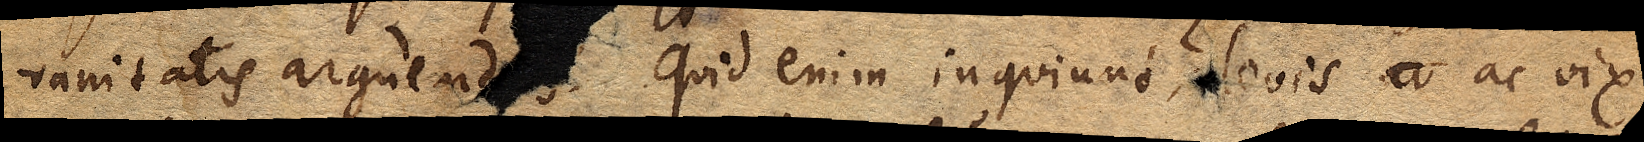
vanitatis arguend≺as≻. Quid enim inquiunt? Levis ac vix